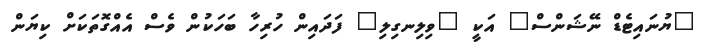
"ޔުނައިޓެޑް ނޭޝަންސް" އަކީ "ވިލިނގިލި" ފަދައިން ހުރިހާ ބަހަކުން ވެސް އެއްގޮތަކަށް ކިޔަން